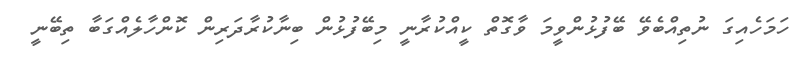
ހަމަހެއިގަ ނުތިއްބެވޭ ބޭފުޅުންވީމަ ވާގޮތް ކީއްކުރާނީ މިބޭފުޅުން ބިނާކުރާދަރިން ކޮންހާލެއްގަބާ ތިބޭނީ